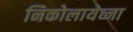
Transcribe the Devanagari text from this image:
निकोलायेव्ना